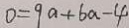
0 = 9 a + b a - 4